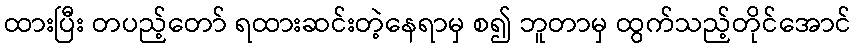
ထားပြီး တပည့်တော် ရထားဆင်းတဲ့နေရာမှ စ၍ ဘူတာမှ ထွက်သည့်တိုင်အောင်